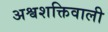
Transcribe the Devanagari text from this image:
अश्वशक्तिवाली